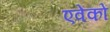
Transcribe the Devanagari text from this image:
एवेंकों